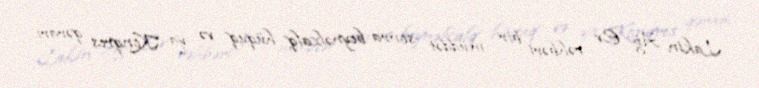
Lakin Ağ Ev rəhbəri bir müddət sonra beynəlxalq hüquq və ya Konqres qərarı